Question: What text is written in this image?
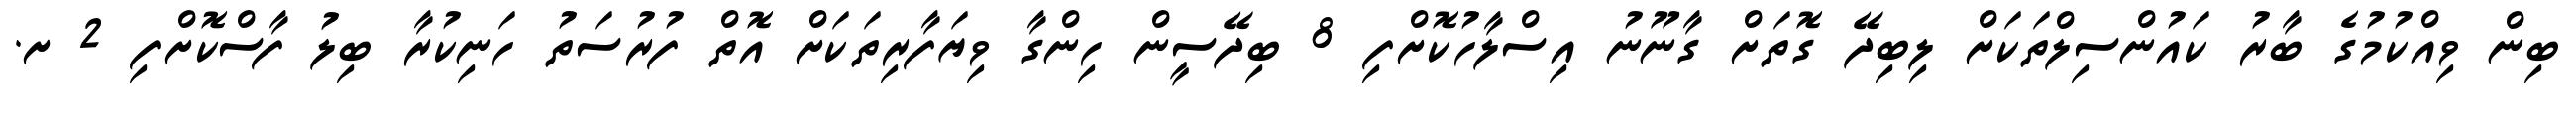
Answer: ބިން ވިއްކުމުގެ ބާރު ކައުންސިލްތަކަށް ލިބިދޭ ގޮތަށް ގާނޫނު އިސްލާހުކޮށްފި 8 ބިދޭސީން ހިންގާ ވިޔަފާރިތަކަށް އޮތް ފުރުސަތު ހަނިކުރާ ބިލު ފާސްކޮށްފި 2 ށ.